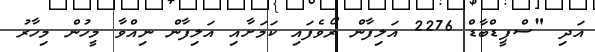
އަދި "ސްޕީޑްބާޑް 2276 އަލިފާން ރޯވެފައި ކަމަށާއި އަލިފާން ނިއްވާ މީހުން މިހާރު